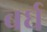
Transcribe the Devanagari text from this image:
बर्घ